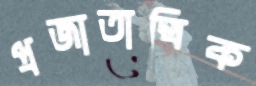
প্রজাতান্ত্রিক